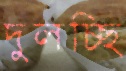
দুলচ্ছি